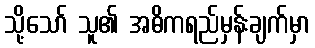
သို့သော် သူ၏ အဓိကရည်မှန်းချက်မှာ